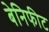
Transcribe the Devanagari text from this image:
बेनिफीट